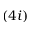
( 4 i )